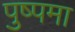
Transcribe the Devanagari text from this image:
पुष्पमा